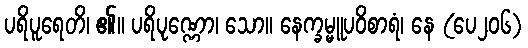
ပရိပူရေတိ၊ ၏။ ပရိပုဏ္ဏော၊ သော။ နေက္ခမ္မူပဝိစာရံ၊ နေ (ပေ၂၀၆)